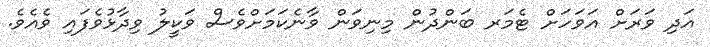
އަދި ވަރަށް އަވަހަށް ޓެމަރ ބަންދުން މިނިވަން ވާނެކަމަށްވެސް ވަކީލު ވިދާޅުވެފައި ވެއެވެ.